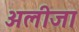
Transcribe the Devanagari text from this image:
अलीजा